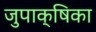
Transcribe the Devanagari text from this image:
जुपाक्षिका